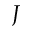
J